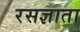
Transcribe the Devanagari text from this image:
रसज्ञाता